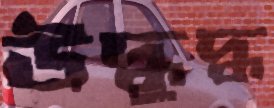
উদ্ধুদ্ধ